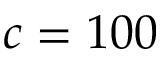
c = 1 0 0